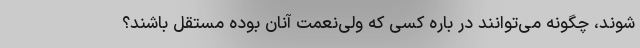
شوند، چگونه می‌توانند در باره کسی که ولی‌نعمت آنان بوده مستقل باشند؟